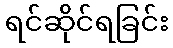
ရင်ဆိုင်ရခြင်း